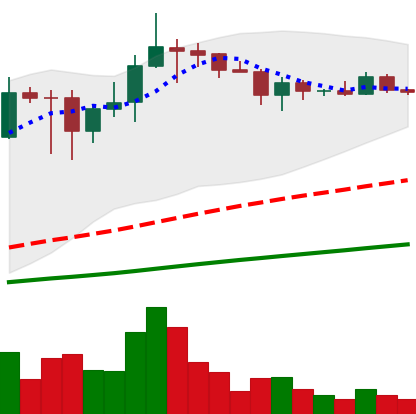
Ticker: ADA-USD
Chart end date: 2021-03-11
Forward return: 10.505%
Label: up_7plus